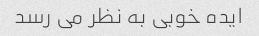
ایده خوبی به نظر می رسد